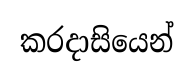
කරදාසියෙන්